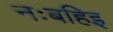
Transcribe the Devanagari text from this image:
नःबहिइ